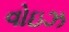
વોઇઝ